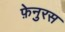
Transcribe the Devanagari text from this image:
फ़ेनुरस